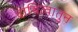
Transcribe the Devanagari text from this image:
दायित्वातुन